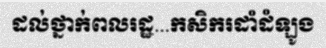
ដល់ថ្នាក់ពលរដ្ឋ...កសិករដាំដំឡូង